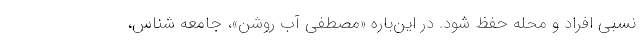
نسبی افراد و محله حفظ شود. در این‌باره «مصطفی آب روشن»، جامعه شناس،